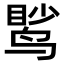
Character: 𫛹